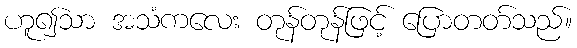
ဟူ၍သာ အသံကလေး တုန်တုန်ဖြင့် ပြောတတ်သည်။